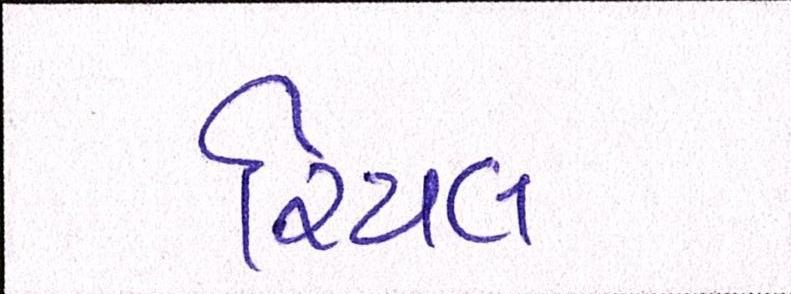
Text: રિયલ